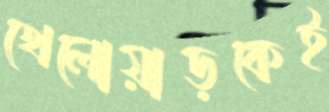
খেলোয়াড়কেই